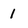
Character: 1